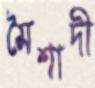
মৈশাদী